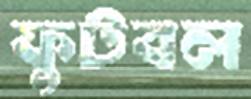
ফুটবল